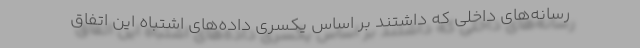
رسانه‌های داخلی که داشتند بر اساس یکسری داده‌های اشتباه این اتفاق